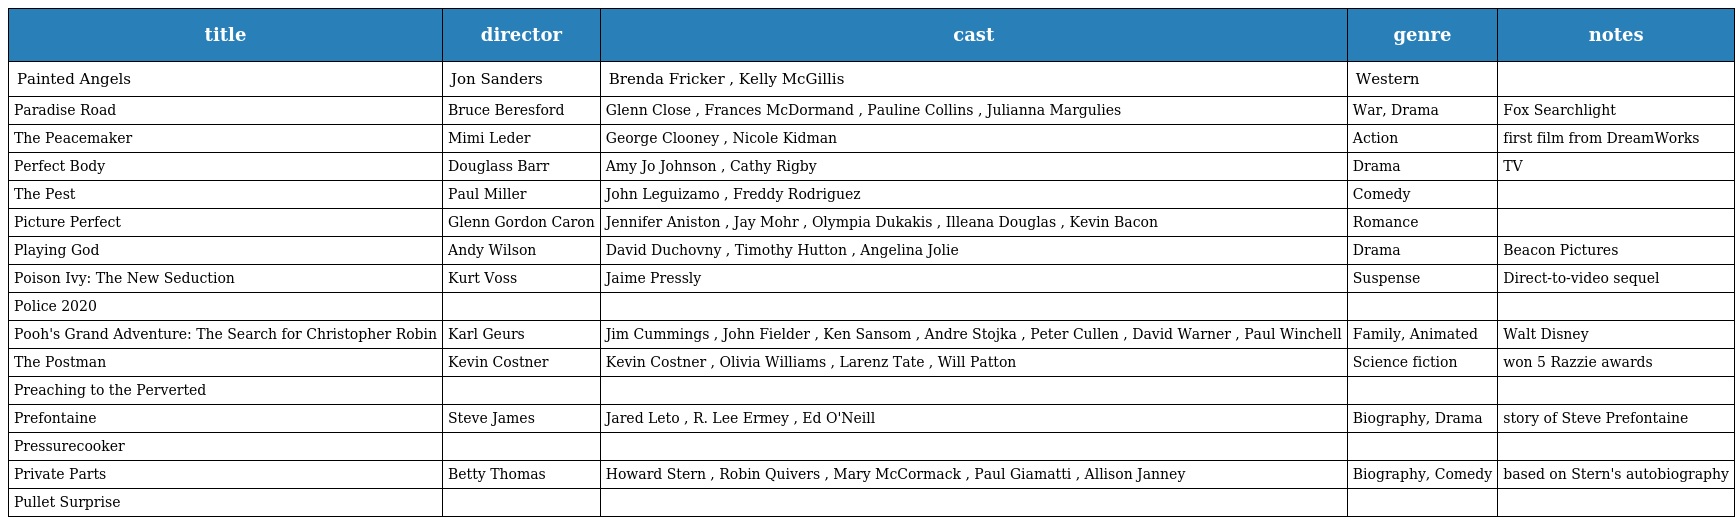
| title | director | cast | genre | notes |
 | --- | --- | --- | --- | --- |
 | Painted Angels | Jon Sanders | Brenda Fricker , Kelly McGillis | Western |  |
 | Paradise Road | Bruce Beresford | Glenn Close , Frances McDormand , Pauline Collins , Julianna Margulies | War, Drama | Fox Searchlight |
 | The Peacemaker | Mimi Leder | George Clooney , Nicole Kidman | Action | first film from DreamWorks |
 | Perfect Body | Douglass Barr | Amy Jo Johnson , Cathy Rigby | Drama | TV |
 | The Pest | Paul Miller | John Leguizamo , Freddy Rodriguez | Comedy |  |
 | Picture Perfect | Glenn Gordon Caron | Jennifer Aniston , Jay Mohr , Olympia Dukakis , Illeana Douglas , Kevin Bacon | Romance |  |
 | Playing God | Andy Wilson | David Duchovny , Timothy Hutton , Angelina Jolie | Drama | Beacon Pictures |
 | Poison Ivy: The New Seduction | Kurt Voss | Jaime Pressly | Suspense | Direct-to-video sequel |
 | Police 2020 |  |  |  |  |
 | Pooh's Grand Adventure: The Search for Christopher Robin | Karl Geurs | Jim Cummings , John Fielder , Ken Sansom , Andre Stojka , Peter Cullen , David Warner , Paul Winchell | Family, Animated | Walt Disney |
 | The Postman | Kevin Costner | Kevin Costner , Olivia Williams , Larenz Tate , Will Patton | Science fiction | won 5 Razzie awards |
 | Preaching to the Perverted |  |  |  |  |
 | Prefontaine | Steve James | Jared Leto , R. Lee Ermey , Ed O'Neill | Biography, Drama | story of Steve Prefontaine |
 | Pressurecooker |  |  |  |  |
 | Private Parts | Betty Thomas | Howard Stern , Robin Quivers , Mary McCormack , Paul Giamatti , Allison Janney | Biography, Comedy | based on Stern's autobiography |
 | Pullet Surprise |  |  |  |  |